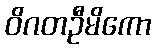
ဝိဂတဦမိကော